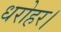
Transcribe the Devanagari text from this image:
धरोहर।